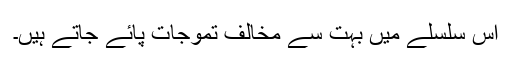
اس سلسلے میں بہت سے مخالف تموجات پائے جاتے ہیں۔